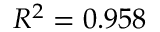
R ^ { 2 } = 0 . 9 5 8